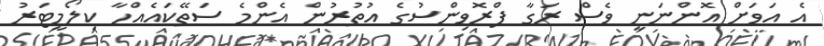
އެ އަވަށް އޮންނަނީ ވެސް ރަގާ ޕްރޮވިންސުގެ އުތުރުން އެންމެ ސަތޭކައެއްހާ ކިލޯމީޓަރު